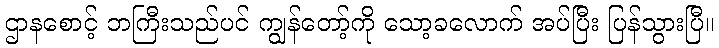
ဌာနစောင့် ဘကြီးသည်ပင် ကျွန်တော့်ကို သော့ခလောက် အပ်ပြီး ပြန်သွားပြီ။